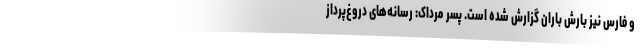
و فارس نیز بارش باران گزارش شده است. پسر مرداک: رسانه‌های دروغ‌پرداز